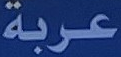
عربة